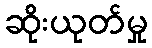
ဆိုးယုတ်မှု